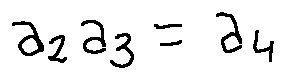
a _ { 2 } a _ { 3 } = a _ { 4 }